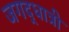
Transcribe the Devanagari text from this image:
जगद्‌धात्री